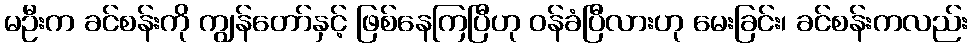
မဦးက ခင်စန်းကို ကျွန်တော်နှင့် ဖြစ်နေကြပြီဟု ဝန်ခံပြီလားဟု မေးခြင်း၊ ခင်စန်းကလည်း